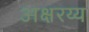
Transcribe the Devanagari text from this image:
अक्षरय्य